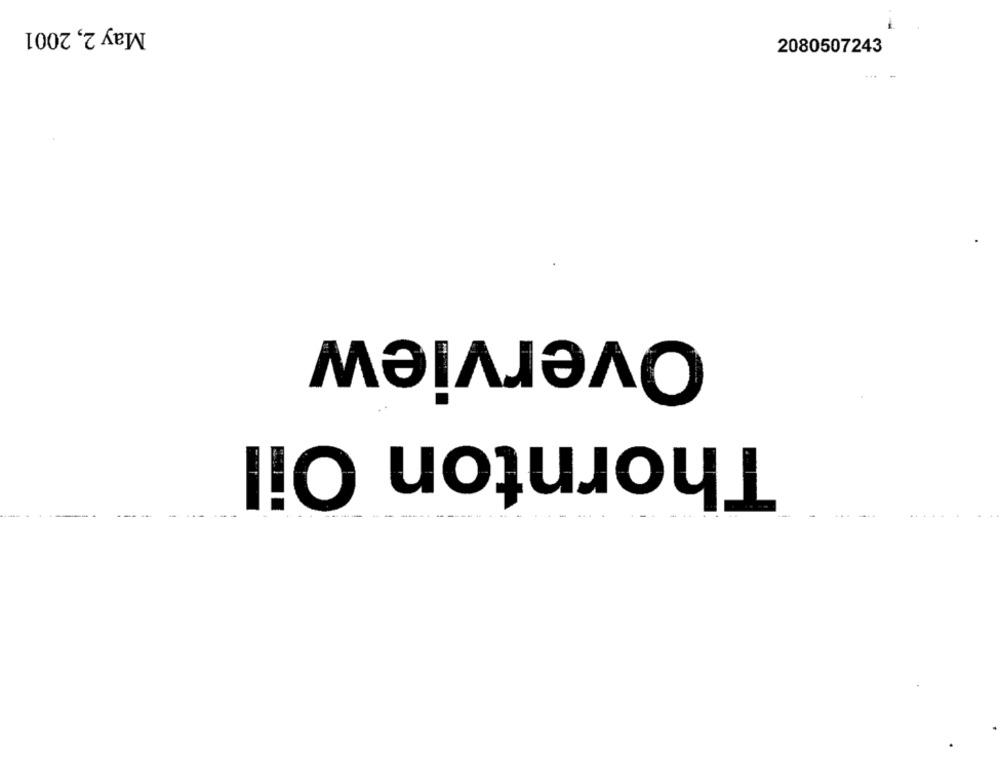
May 2, 2001
2080507243
Overview
Thornton Oil